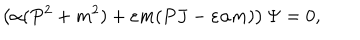
\left( \alpha ( P ^ { 2 } + m ^ { 2 } ) + \varepsilon m ( P J - \varepsilon \alpha m ) \right) \Psi = 0 ,